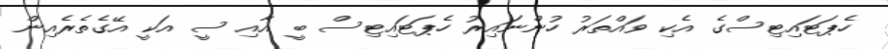
ހެޕަޓައިޓިސްގެ އެކި ވައްތަރު ހުންނައިރު ހެޕަޓައިޓިސް ބީ އާއި ސީ އަކީ އޭގެތެރެއިން